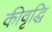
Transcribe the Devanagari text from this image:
कीवृद्धि